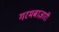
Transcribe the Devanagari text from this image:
गरमबाज़ारी